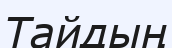
Тайдың